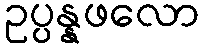
ဥပ္ပန္နဖလော